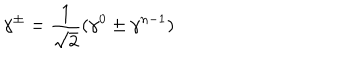
\gamma ^ { \pm } = \frac { 1 } { \sqrt { 2 } } ( \gamma ^ { 0 } \pm \gamma ^ { n - 1 } )